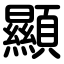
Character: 顯